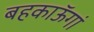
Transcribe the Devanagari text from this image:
बहकाऊॅगां